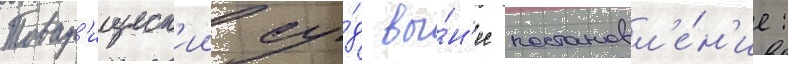
Товар'ищеск'ии су́д вы́н'ес постановл'е́н'ие: